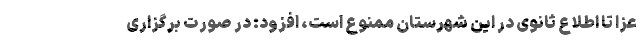
عزا تا اطلاع ثانوی در این شهرستان ممنوع است، افزود: در صورت برگزاری